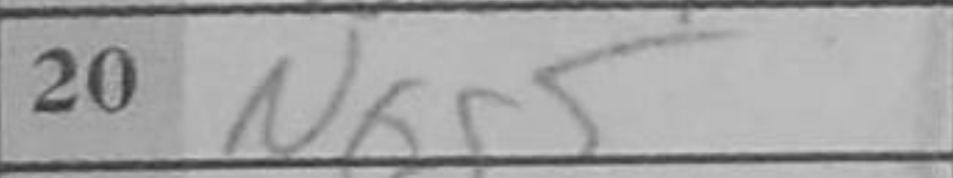
Transcription: Nxg5